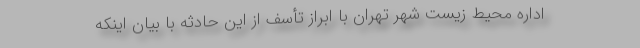
اداره محیط زیست شهر تهران با ابراز تأسف از این حادثه با بیان اینکه